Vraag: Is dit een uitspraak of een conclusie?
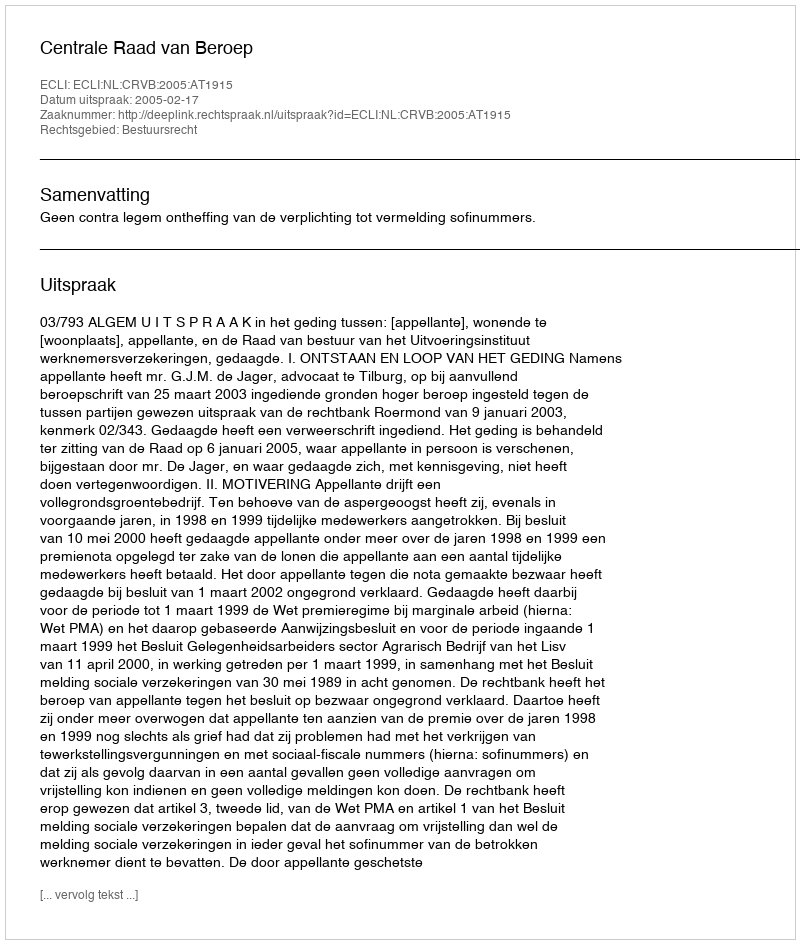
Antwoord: Uitspraak